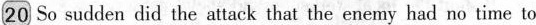
20 So sudden did the attack that the enemy had no time to